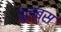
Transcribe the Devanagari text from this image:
वुल्ब्स